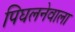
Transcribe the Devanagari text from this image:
पिघलनेवाला